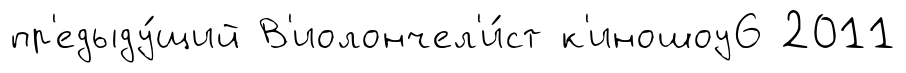
пр'едыду́щий В'иолончел'и́ст к'иношоу6 2011